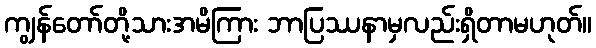
ကျွန်တော်တို့သားအမိကြား ဘာပြဿနာမှလည်းရှိတာမဟုတ်။